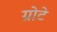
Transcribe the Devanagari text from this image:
ग्रोटे